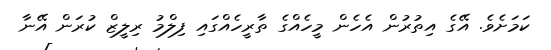
ކަމަށެވެ. އޭގެ އިތުރުން އެހެން މީހެއްގެ ތާރީހެެއްގައި ފިލްމު ރިލީޒް ކުރަން އޭނާ